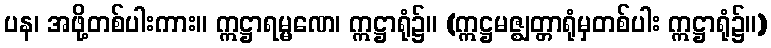
ပန၊ အဖို့တစ်ပါးကား။ ဣဋ္ဌာရမ္မဏေ၊ ဣဋ္ဌာရုံ၌။ (ဣဋ္ဌမဇ္ဈတ္တာရုံမှတစ်ပါး ဣဋ္ဌာရုံ၌။)